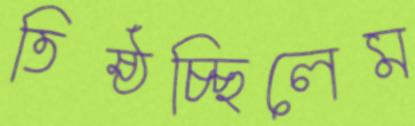
তিষ্ঠচ্ছিলেম